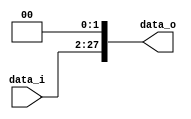
//Subject:		CO project 5 - Shift_Left_Two_26_to_28
//--------------------------------------------------------------------------------
//Version:		1
//--------------------------------------------------------------------------------
//Writer:		0210022 , 0210029 
//----------------------------------------------
//Date:
//----------------------------------------------
//Description:
//--------------------------------------------------------------------------------

module Shift_Left_Two_26_to_28(
    data_i,
    data_o
    );

//I/O ports
input	[25:0]	data_i;
output	[27:0]	data_o;

//shift left 2
assign data_o[27:2] = data_i[25:0];
assign data_o[1:0] = 2'b00;

endmodule